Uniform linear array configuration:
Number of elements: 48
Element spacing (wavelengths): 0.75
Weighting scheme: hamming
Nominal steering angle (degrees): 60
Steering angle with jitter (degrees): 60.644
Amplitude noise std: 0.05
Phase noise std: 0.05

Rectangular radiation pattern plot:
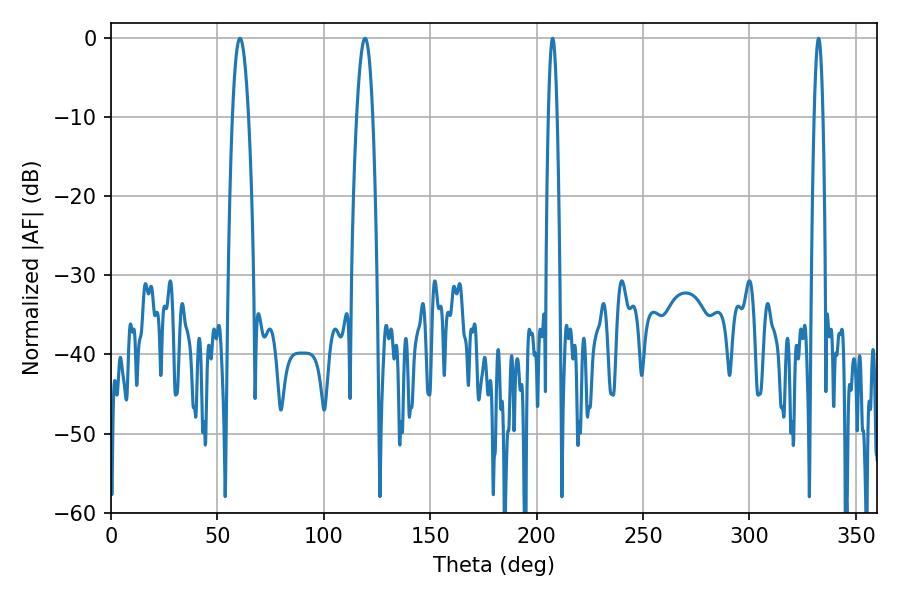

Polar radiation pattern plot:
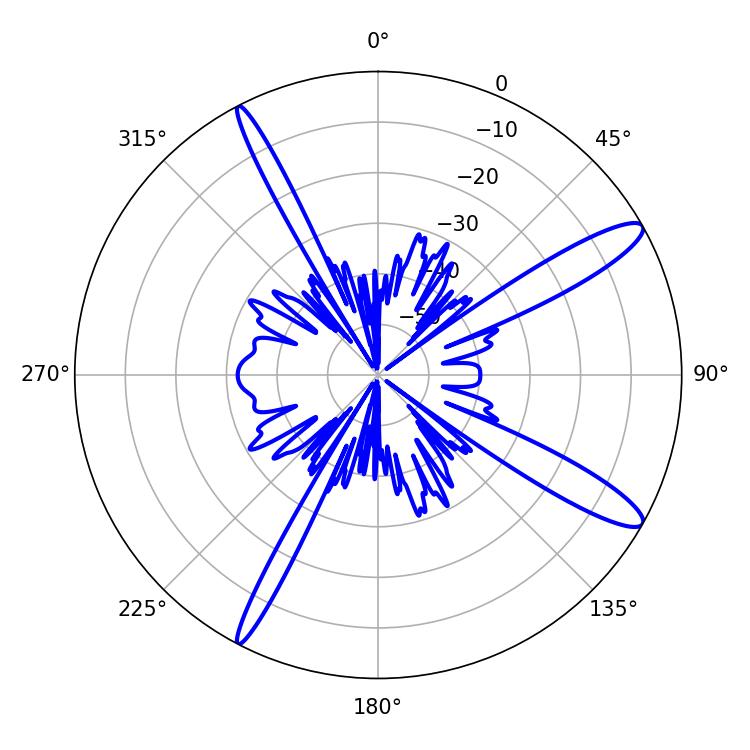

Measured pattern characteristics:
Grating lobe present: TRUE
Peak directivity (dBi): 13.142
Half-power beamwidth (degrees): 2.16
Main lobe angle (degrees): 332.46